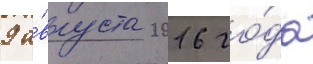
9 а́вгуста 2016 го́да